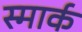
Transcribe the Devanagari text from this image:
स्मार्क